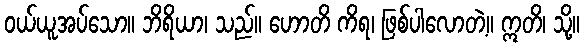
ဝယ်ယူအပ်သော။ ဘိရိယာ၊ သည်။ ဟောတိ ကိရ၊ ဖြစ်ပါလောတဲ့။ ဣတိ၊ သို့။